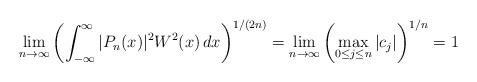
LaTeX: \begin{align*}\lim_{n\to\infty} \left(\int_{-\infty}^\infty |P_n(x)|^2 W^2(x)\,dx \right)^{1/(2n)} = \lim_{n\to\infty} \left( \max_{0\le j\le n} |c_j| \right)^{1/n} = 1\end{align*}